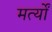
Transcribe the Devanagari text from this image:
मर्त्यों